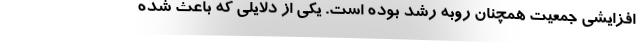
افزایشی جمعیت همچنان روبه رشد بوده است. یکی از دلایلی که باعث شده